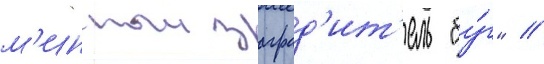
м'инныи заград'ит'ель "бу́г" /